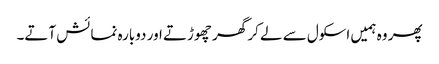
پھر وہ ہمیں اسکول سے لے کر گھر چھوڑتے اور دوبارہ نمائش آتے۔